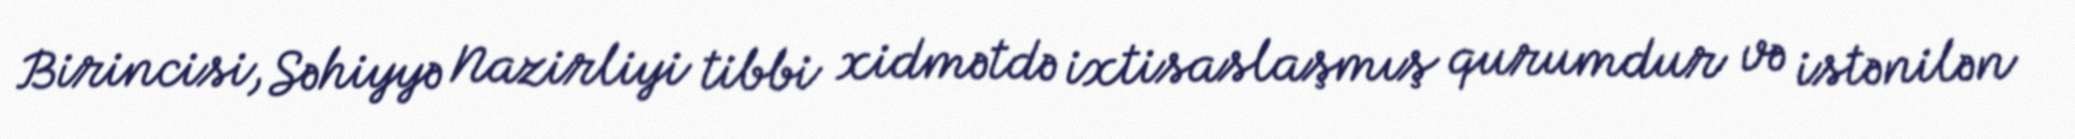
Birincisi, Səhiyyə Nazirliyi tibbi xidmətdə ixtisaslaşmış qurumdur və istənilən